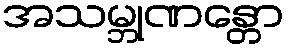
အသမ္ဘုဏန္တော